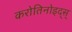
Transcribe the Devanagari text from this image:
करोतिनोइद्स्